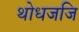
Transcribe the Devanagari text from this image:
थोधजजि